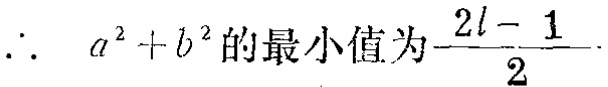
\(\therefore\ \ a^{2}+b^{2}\text{的最小值为}\frac{2l - 1}{2}\)